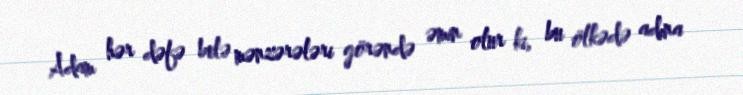
Adam hər dəfə belə mənzərələri görəndə əmin olur ki, bu ölkədə adına